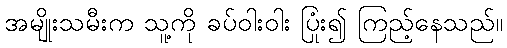
အမျိုးသမီးက သူ့ကို ခပ်ဝါးဝါး ပြုံး၍ ကြည့်နေသည်။